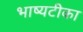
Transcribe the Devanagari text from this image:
भाष्यटीका